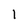
Character: 1